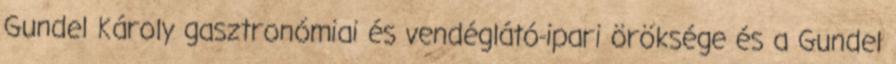
Gundel Károly gasztronómiai és vendéglátó-ipari öröksége és a Gundel